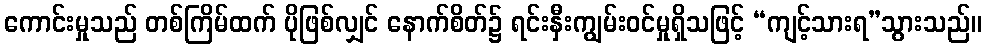
ကောင်းမှုသည် တစ်ကြိမ်ထက် ပိုဖြစ်လျှင် နောက်စိတ်၌ ရင်းနှီးကျွမ်းဝင်မှုရှိသဖြင့် “ကျင့်သားရ”သွားသည်။